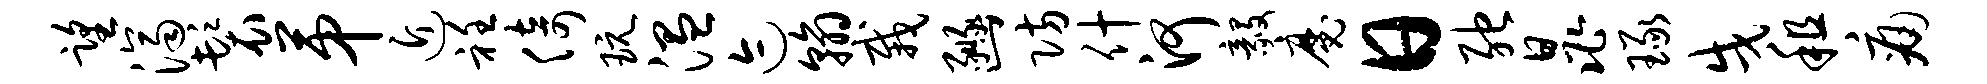
望济鬟第近衽倚玩温迹翰栽豳防什河毅魔日弛晁琢戌租痛